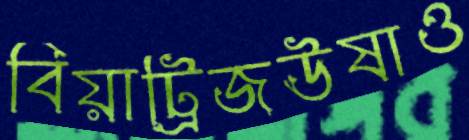
বিয়াট্রিজঊষাও